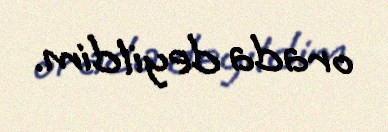
orada deyildim.